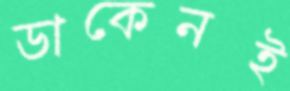
ডাকেনই